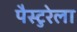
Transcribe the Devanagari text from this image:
पैस्टुरेला